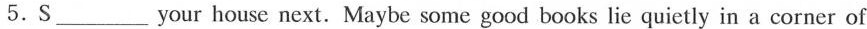
5.S___ your house next. Maybe some good books lie quietly in a corner of